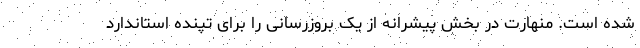
شده است. منهارت در بخش پیشرانه از یک بروزرسانی را برای تپنده استاندارد